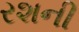
રશની